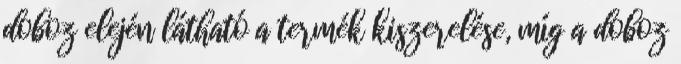
doboz elején látható a termék kiszerelése, míg a doboz